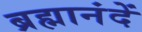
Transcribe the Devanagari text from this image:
ब्रह्मानंदें